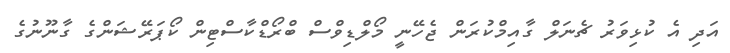
އަދި އެ ކުޅިވަރު ޗެނަލް ގާއިމްކުރަން ޖެހޭނީ މޯލްޑިވްސް ބްރޯޑްކާސްޓިން ކޯޕަރޭޝަންގެ ގާނޫނުގެ